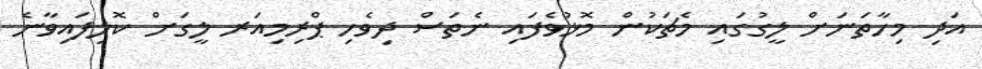
އަދި މިހާތަނަށް ލީގުގައި މެޗަކުން މޮޅުވެފައި ނެތަސް ދިވެހި ޕްރިމިއަރ ލީގަށް ކޮލިފައިވާނެ